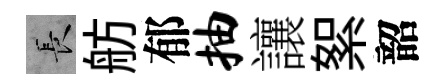
长舫郁抽讓絮韶